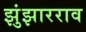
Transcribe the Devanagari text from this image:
झुंझारराव